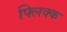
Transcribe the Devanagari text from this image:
फ्लिक्क